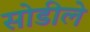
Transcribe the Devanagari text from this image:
सोडीले